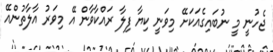
ޖެހުނީ މީ ނުބައިގެއަކަށޭ މިވަނީ ކިޔާ ފިލާ ރައްކާވާން އޭ މިވަރު އާލާތުންއޭ